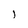
Character: l